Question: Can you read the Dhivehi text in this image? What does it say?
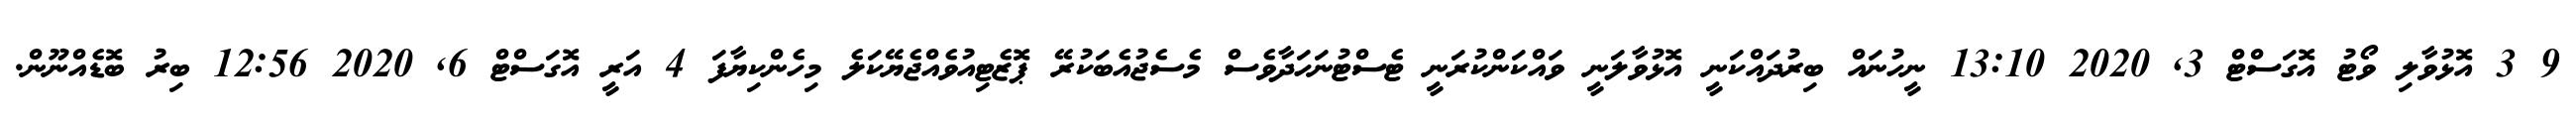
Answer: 9 3 އޮޅުވާލި ވޯޓު އޮގަސްޓް 3, 2020 13:10 ނީހުނައް ބިރުދައްކަނީ އޮޅުވާލަނީ ވައްކަންކުރަނީ ޓެސްޓުނަހަދާވެސް މެސެޖުއެބަކުރޭ ޕޮޒެޓިއުވެއްޖެޔޭކަލެ މިހެންކިޔާފަ 4 އަރީ އޮގަސްޓް 6, 2020 12:56 ބިރު ބޮޑެއްނޫން.